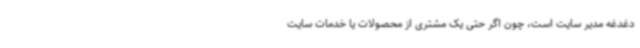
دغدغه مدیر سایت است، چون اگر حتی یک مشتری از محصولات یا خدمات سایت